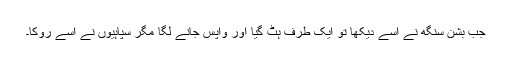
جب بشن سنگھ نے اسے دیکھا تو ایک طرف ہٹ گیا اور واپس جانے لگا مگر سپاہیوں نے اسے روکا۔